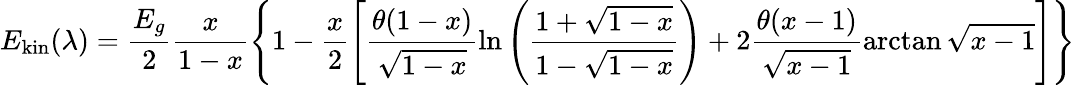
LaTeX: E_{\mathrm{kin}}(\lambda)=\frac{E_{g}}{2}\frac{x}{1-x}\left\{ 1-\frac{x}{2}\left[\frac{\theta(1-x)}{\sqrt{1-x}}\ln\left(\frac{1+\sqrt{1-x}}{1-\sqrt{1-x}}\right)+2\frac{\theta(x-1)}{\sqrt{x-1}}\arctan\sqrt{x-1}\right]\right\}